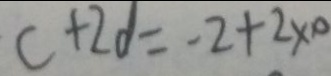
c + 2 d = - 2 + 2 \times 1 0